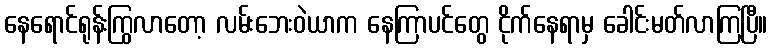
နေရောင်ရုန်းကြွလာတော့ လမ်းဘေးဝဲယာက နေကြာပင်တွေ ငိုက်နေရာမှ ခေါင်းမတ်လာကြပြီ။